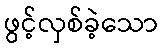
ဖွင့်လှစ်ခဲ့သော